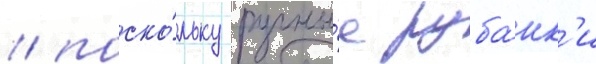
/ поско́льку ручны́е руба́нк'и